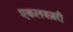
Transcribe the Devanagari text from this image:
एकलक्ज़री